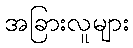
အခြားလူများ